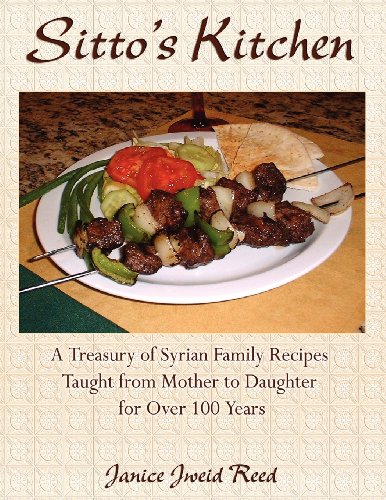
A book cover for Sitto's Kitchen: A Treasury of Syrian Family Recipes Taught from Mother to Daughter for Over 100 Years; Janice Jweid Reed; Cookbooks, Food & Wine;